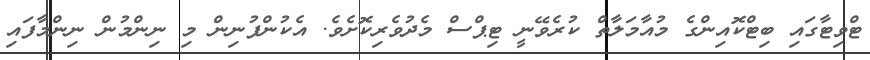
ޓްވިޓާގައި ބިޓްކޮއިންގެ މުއާމަލާތް ކުރެވޭނީ ޓިޕްސް މެދުވެރިކޮށެވެ. އެކުންފުނިން މި ނިންމުން ނިންމާފައި